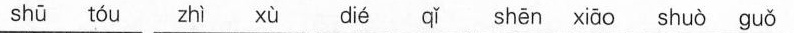
sh\bar{u} t\acute{o}u zh\grave{i} x\grave{u} di\acute{e} q\check{i} sh\bar{e} n xi\bar{a} o shu\grave{o} gu\check{o}